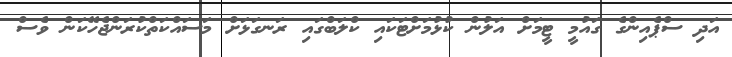
އަދި ސްޕެއިންގެ ގައުމީ ޓީމަށް އަލުން ކުޅުމަށްޓަކައި ކްލަބްގައި ރަނގަޅަށް މަސައްކަތްކުރަންޖެހޭކަން ވެސް